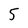
Character: 5